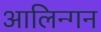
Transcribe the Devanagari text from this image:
आलिन्गन